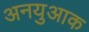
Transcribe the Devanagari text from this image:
अनयुआक